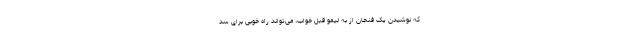
که نوشیدن یک فنجان از به لیمو قبل خواب، می‌تواند راه خوبی برای سد